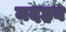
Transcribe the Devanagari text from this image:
मदहब